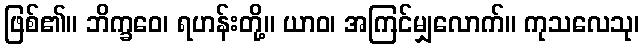
ဖြစ်၏။ ဘိက္ခဝေ၊ ရဟန်းတို့။ ယာဝ၊ အကြင်မျှလောက်။ ကုသလေသု၊